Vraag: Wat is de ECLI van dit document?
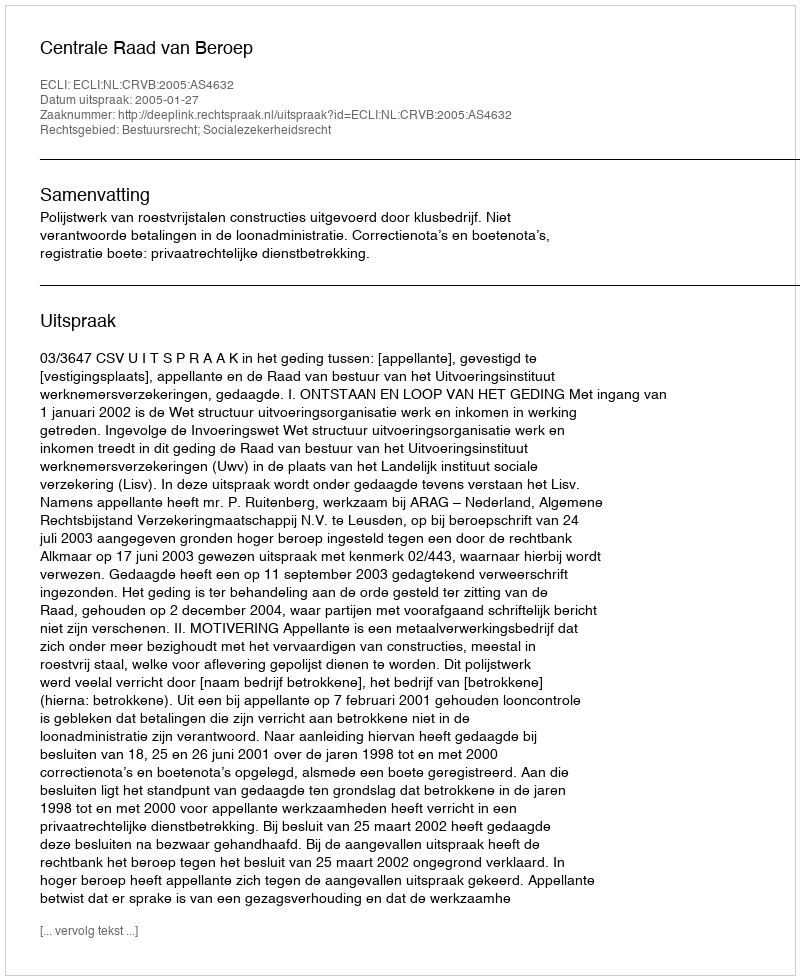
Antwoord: ECLI:NL:CRVB:2005:AS4632